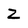
Character: Z